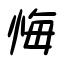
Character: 悔